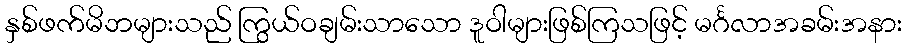
နှစ်ဖက်မိဘများသည် ကြွယ်ဝချမ်းသာသော ဒူဝါများဖြစ်ကြသဖြင့် မင်္ဂလာအခမ်းအနား